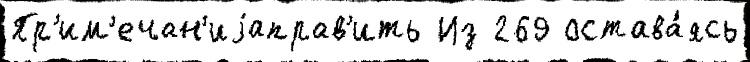
Пр'им'ечан'иjаправ'ить Из 269 остава́ясь